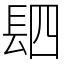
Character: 䦉